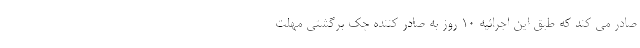
صادر می کند که طبق این اجرائیه 10 روز به صادر کننده چک برگشتی مهلت